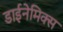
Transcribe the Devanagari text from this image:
डाईनेमिक्स